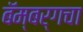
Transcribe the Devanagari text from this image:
बॅम्बर्गचा